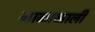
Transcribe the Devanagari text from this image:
गाळाखाली